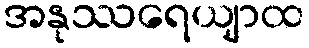
အနုဿရေယျာထ